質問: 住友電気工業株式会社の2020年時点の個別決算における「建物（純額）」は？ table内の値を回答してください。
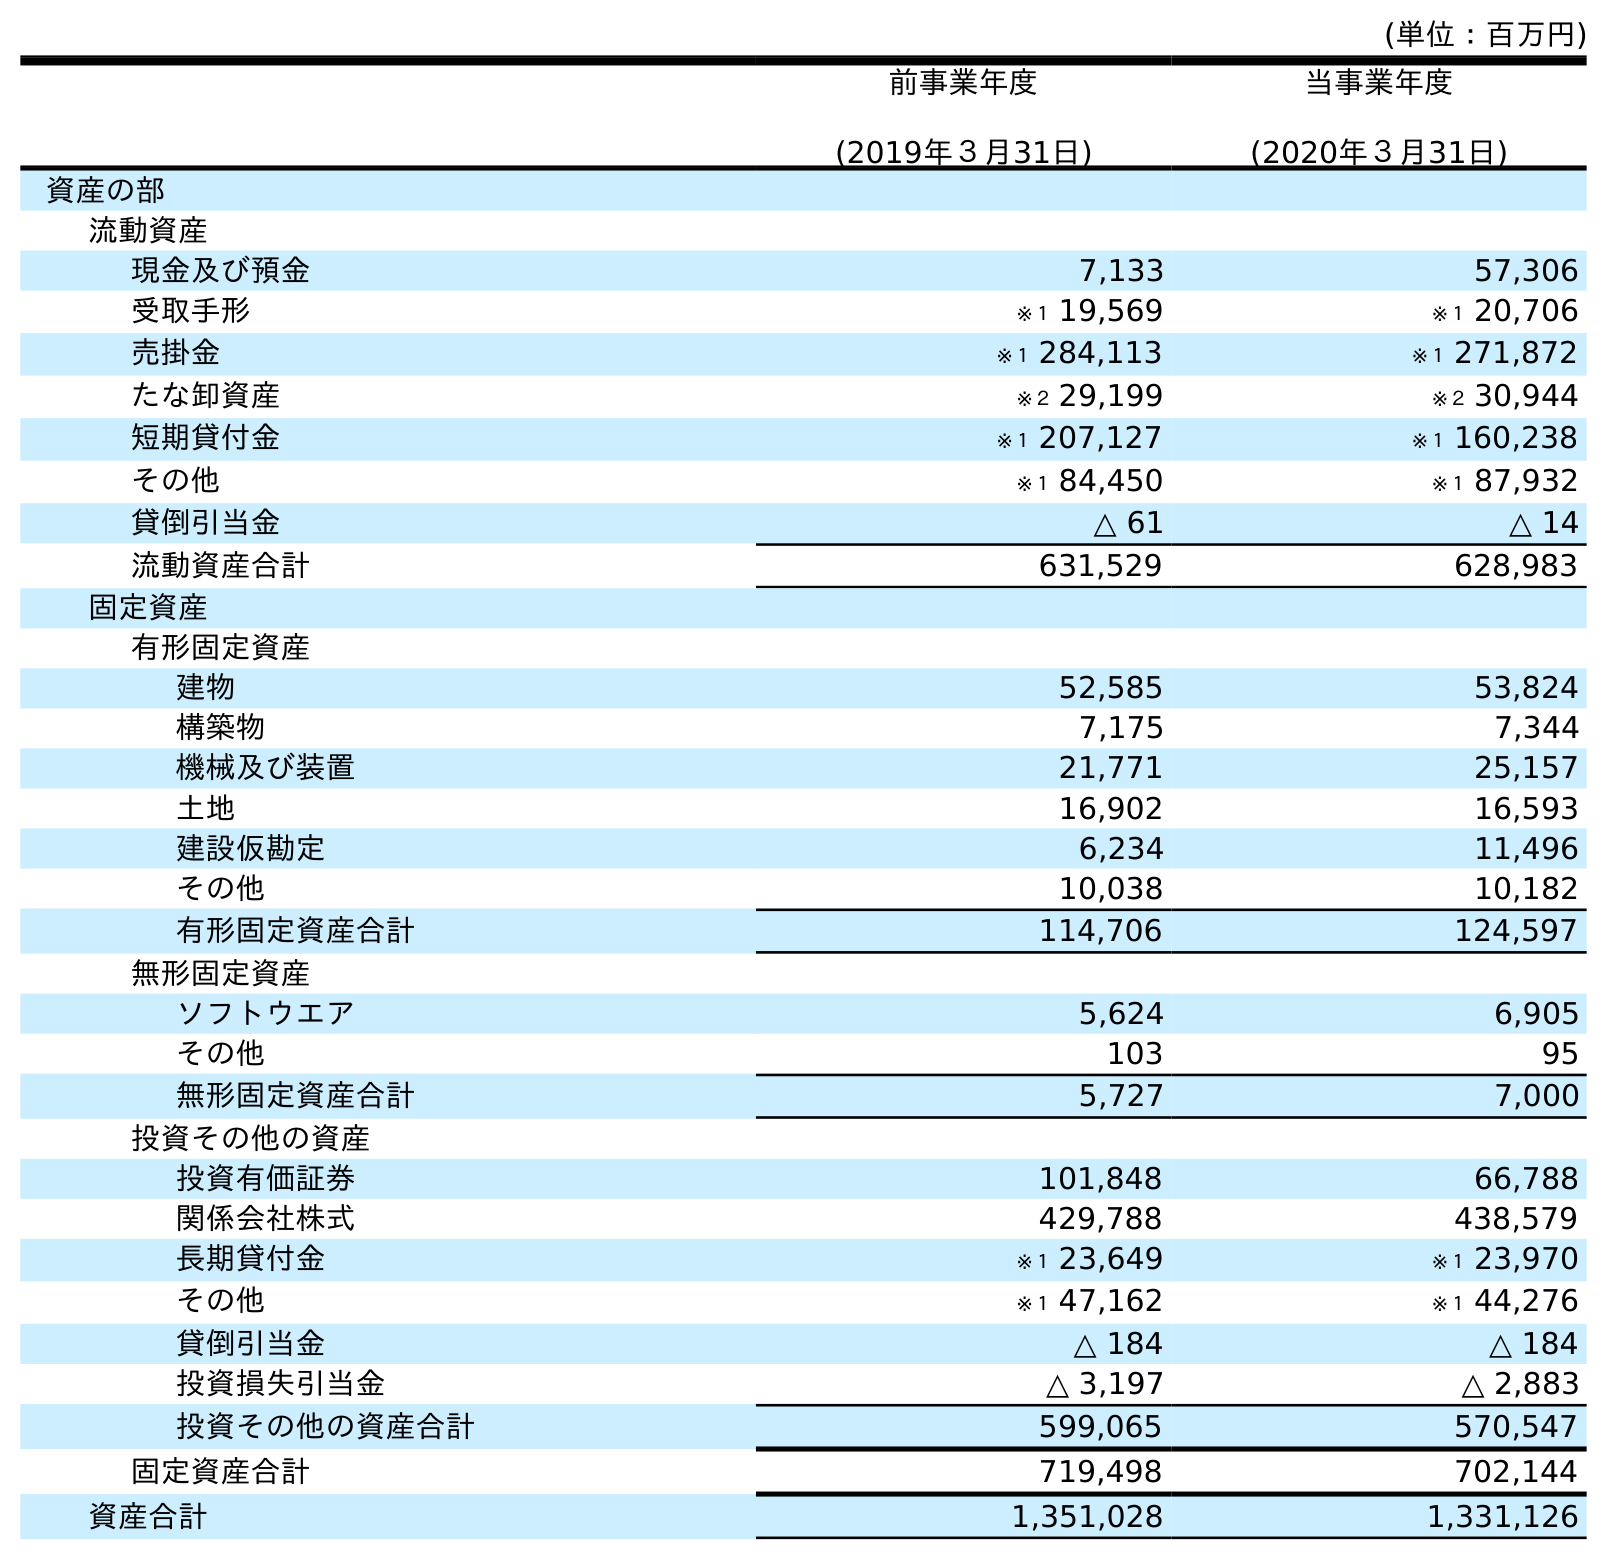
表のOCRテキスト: (単位：百万円) 前事業年度 (2019年３月31日) 当事業年度 (2020年３月31日) 資産の部 流動資産 現金及び預金 7,133 57,306 受取手形 ※１ 19,569 ※１ 20,706 売掛金 ※１ 284,113 ※１ 271,872 たな卸資産 ※２ 29,199 ※２ 30,944 短期貸付金 ※１ 207,127 ※１ 160,238 その他 ※１ 84,450 ※１ 87,932 貸倒引当金 △ 61 △ 14 流動資産合計 631,529 628,983 固定資産 有形固定資産 建物 52,585 53,824 構築物 7,175 7,344 機械及び装置 21,771 25,157 土地 16,902 16,593 建設仮勘定 6,234 11,496 その他 10,038 10,182 有形固定資産合計 114,706 124,597 無形固定資産 ソフトウエア 5,624 6,905 その他 103 95 無形固定資産合計 5,727 7,000 投資その他の資産 投資有価証券 101,848 66,788 関係会社株式 429,788 438,579 長期貸付金 ※１ 23,649 ※１ 23,970 その他 ※１ 47,162 ※１ 44,276 貸倒引当金 △ 184 △ 184 投資損失引当金 △ 3,197 △ 2,883 投資その他の資産合計 599,065 570,547 固定資産合計 719,498 702,144 資産合計 1,351,028 1,331,126
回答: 53,824